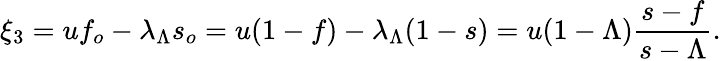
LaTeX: \xi_{3}=uf_{o}-\lambda_{\Lambda}s_{o}=u(1-f)-\lambda_{\Lambda}(1-s)=u(1-\Lambda)\frac{s-f}{s-\Lambda}.